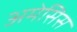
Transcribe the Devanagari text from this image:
अमेसिस